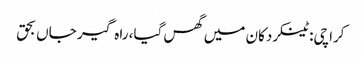
کراچی: ٹینکر دکان میں گھس گیا، راہ گیر جاں بحق